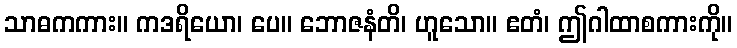
သာဓကကား။ ကဒရိယော၊ ပေ။ ဘောဇနံတိ၊ ဟူသော။ ဧတံ၊ ဤဂါထာစကားကို။